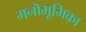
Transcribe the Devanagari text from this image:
मनॊभूमिका